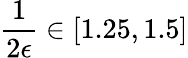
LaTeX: \frac{1}{2\epsilon}\in[1.25,1.5]